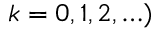
k = 0 , 1 , 2 , \ldots )